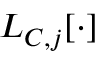
\boldsymbol { L _ { C , j } [ \cdot ] }